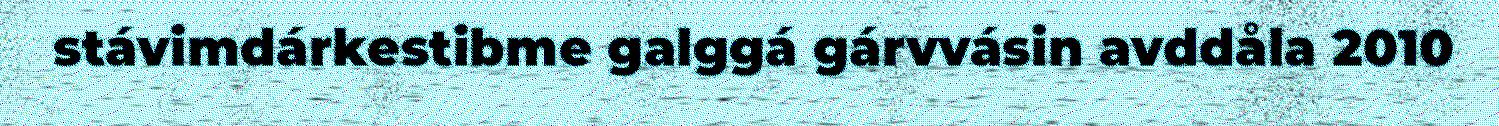
stávimdárkestibme galggá gárvvásin avddåla 2010